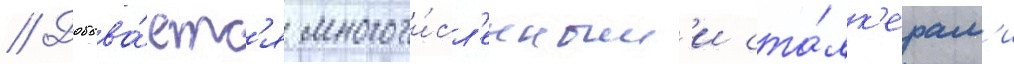
// Добыва́етс'я многочи́сл'енным'и ста́лк'ерам'и